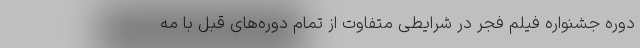
دوره جشنواره فیلم فجر در شرایطی متفاوت از تمام دوره‌های قبل با مه